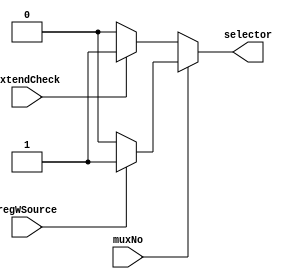
`timescale 1ns / 1ps
//////////////////////////////////////////////////////////////////////////////////
// Company: 
// Engineer: 
// 
// Design Name: 
// Module Name: muxSelector_1
// Project Name: 
// Target Devices: 
// Tool Versions: 
// Description: 
// 
// Dependencies: 
// 
// Revision:
// Revision 0.01 - File Created
// Additional Comments:
// 
//////////////////////////////////////////////////////////////////////////////////

//you cannot use assign statements within an always block
module muxSelector_1(extendCheck, regWSource, muxNo, selector);
    
    input extendCheck, regWSource; input muxNo; output reg selector;
    
    //always@(*) recommended for proper synthesis
    always@(*)
    begin
        case(muxNo)
            default : begin
                //if opCode is for lw, sw, addi or extendCheck is 1 - return 01
                if(extendCheck == 1)
                    begin 
                        selector = 1;
                    end
                //else return 00
                else
                    begin
                        selector = 0;
                    end
                end
             1 : begin
                 if(regWSource)
                    begin 
                        selector = 1;
                    end
                 else
                    begin 
                        selector = 0;
                    end
                end
        endcase
    end
endmodule